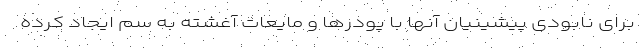
برای نابودی پیشینیان آنها با پودرها و مایعات آغشته به سم ایجاد کرده